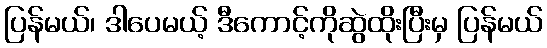
ပြန်မယ်၊ ဒါပေမယ့် ဒီကောင့်ကိုဆွဲထိုးပြီးမှ ပြန်မယ်